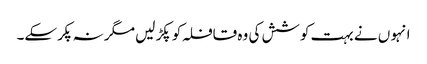
انہو ں نے بہت کوشش کی وہ قافلہ کو پکڑ لیں مگر نہ پکرسکے۔